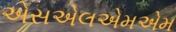
એસએલએમએમ